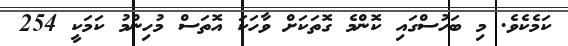
ކަމެކެވެ. މި ބަހުސްގައި ކޮންމެ ގޮތަކަށް ވާހަކަ އޮތަސް މުހިންމު ކަމަކީ 254